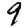
Digit: 9